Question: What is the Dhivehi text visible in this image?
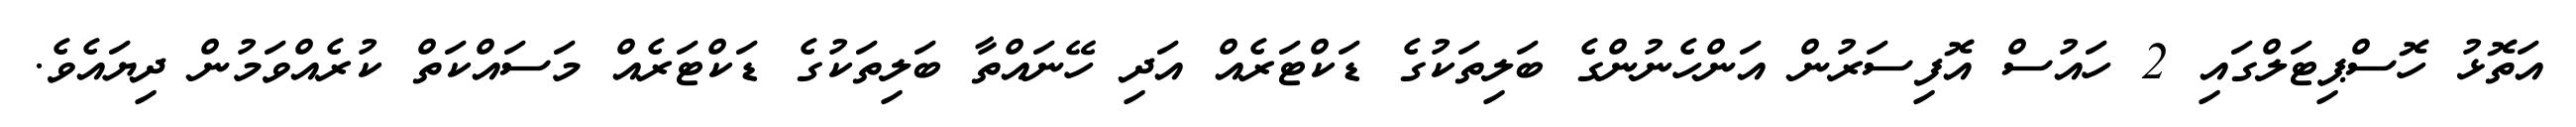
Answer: އަތޮޅު ހޮސްޕިޓަލްގައި 2 ހައުސް އޮފިސަރުން އަންހެނުންގެ ބަލިތަކުގެ ޑަކްޓަރެއް އަދި ހޭނައްތާ ބަލިތަކުގެ ޑަކްޓަރެއް މަސައްކަތް ކުރެއްވަމުން ދިޔައެވެ.